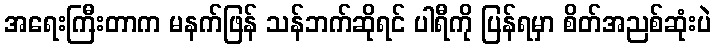
အရေးကြီးတာက မနက်ဖြန် သန်ဘက်ဆိုရင် ပါရီကို ပြန်ရမှာ စိတ်အညစ်ဆုံးပဲ